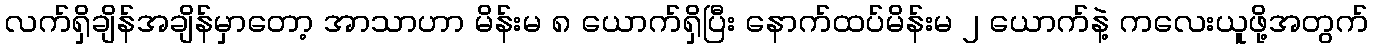
လက်ရှိချိန်အချိန်မှာတော့ အာသာဟာ မိန်းမ ၈ ယောက်ရှိပြီး နောက်ထပ်မိန်းမ ၂ ယောက်နဲ့ ကလေးယူဖို့အတွက်